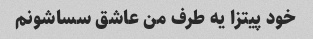
خود پیتزا یه طرف من عاشق سساشونم